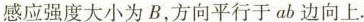
感应强度大小为B，方向平行于ab边向上.